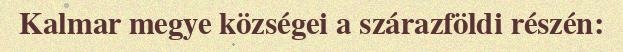
Kalmar megye községei a szárazföldi részén: